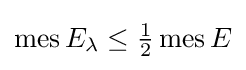
\operatorname {mes} E_{\lambda }\leq {\tfrac {1}{2}}\operatorname {mes} E